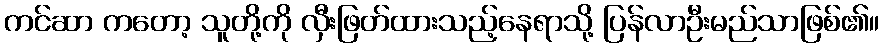
ကင်ဆာ ကတော့ သူတို့ကို လှီးဖြတ်ထားသည့်နေရာသို့ ပြန်လာဦးမည်သာဖြစ်၏။